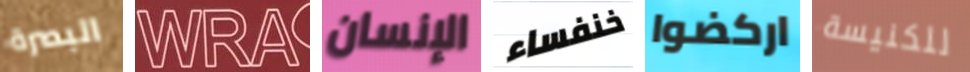
البصرة WRA الإنسان خنفساء اركضوا للكنيسة